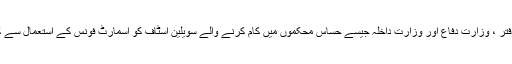
لیکن وزیر اعظم دفتر ، وزارت دفاع اور وزارت داخلہ جیسے حساس محکموں میں کام کرنے والے سویلین اسٹاف کو اسمارٹ فونس کے استعمال سے کون روک لے گا؟